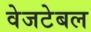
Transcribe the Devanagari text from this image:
वेजटेबल